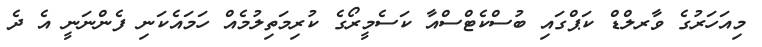
މިއަހަރުގެ ވާރލްޑް ކަޕްގައި ބުސްކެޓްސްއާ ކަސެމީރޯގެ ކުރިމަތިލުމެއް ހަމައެކަނި ފެންނަނީ އެ ދެ